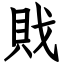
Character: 戝